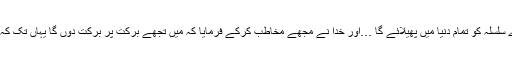
اور میری محبت دلوں میں بٹھائے گا اور میرے سلسلہ کو تمام دنیا میں پھیلائے گا …اور خدا نے مجھے مخاطب کرکے فرمایا کہ میں تجھے برکت پر برکت دوں گا یہاں تک کہ بادشاہ تیرے کپڑوں سے برکت ڈھونڈھیں گے۔